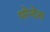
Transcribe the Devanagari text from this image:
मोन्देस